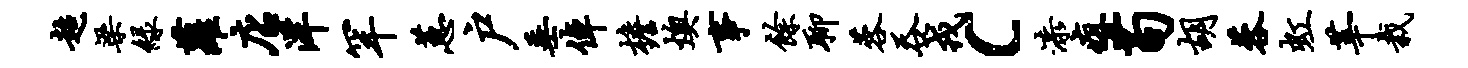
超梁绿萝店洋罕蕙户垂倬檐燠事余聊蓉吞戎c漆疽苟胡蓉虹莘栽